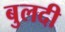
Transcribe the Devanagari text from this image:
बुलदी